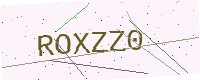
Text: ROXZZ0